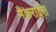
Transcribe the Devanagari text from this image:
मैकराईस